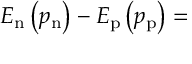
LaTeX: E _ { \mathrm { n } } \left( p _ { \mathrm { n } } \right) - E _ { \mathrm { p } } \left( p _ { \mathrm { p } } \right) =